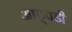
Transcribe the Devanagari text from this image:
आठ्वडी